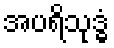
အပရိသုဒ္ဓံ